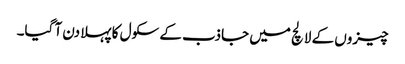
چیزوں کے لالچ میں جاذب کے سکول کا پہلا دن آ گیا۔